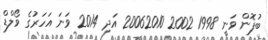
ބުފޮން ވަނީ 1998 2002 20062010 އަދި 2014 ވަނަ އަހަރުގެ ވޯލްޑް